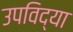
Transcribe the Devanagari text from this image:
उपविद्या